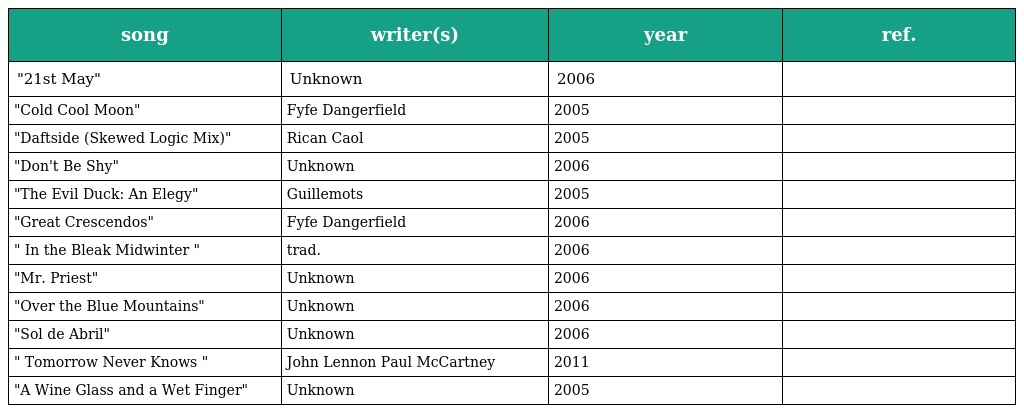
| song | writer(s) | year | ref. |
 | --- | --- | --- | --- |
 | "21st May" | Unknown | 2006 |  |
 | "Cold Cool Moon" | Fyfe Dangerfield | 2005 |  |
 | "Daftside (Skewed Logic Mix)" | Rican Caol | 2005 |  |
 | "Don't Be Shy" | Unknown | 2006 |  |
 | "The Evil Duck: An Elegy" | Guillemots | 2005 |  |
 | "Great Crescendos" | Fyfe Dangerfield | 2006 |  |
 | " In the Bleak Midwinter " | trad. | 2006 |  |
 | "Mr. Priest" | Unknown | 2006 |  |
 | "Over the Blue Mountains" | Unknown | 2006 |  |
 | "Sol de Abril" | Unknown | 2006 |  |
 | " Tomorrow Never Knows " | John Lennon Paul McCartney | 2011 |  |
 | "A Wine Glass and a Wet Finger" | Unknown | 2005 |  |